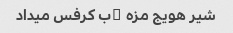
شیر هویج مزه ۀب کرفس میداد